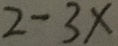
2 - 3 x